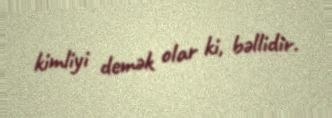
kimliyi demək olar ki, bəllidir.